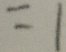
= 1